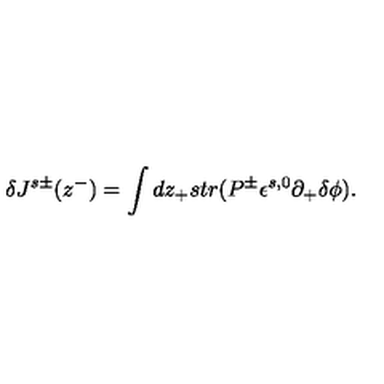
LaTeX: \delta J ^ { s \pm } ( z ^ { - } ) = \int d z _ { + } s t r ( P ^ { \pm } \epsilon ^ { s , 0 } \partial _ { + } \delta \phi ) .